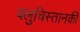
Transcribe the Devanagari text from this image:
बलुचिस्तानकी